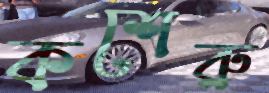
কশেরু